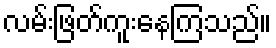
လမ်းဖြတ်ကူးနေကြသည်။